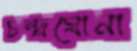
চন্দ্রঘোনা